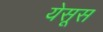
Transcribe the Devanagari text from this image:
येसूस